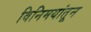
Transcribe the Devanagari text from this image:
विनिमयांतून